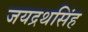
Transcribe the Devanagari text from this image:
जयद्रथसिंह